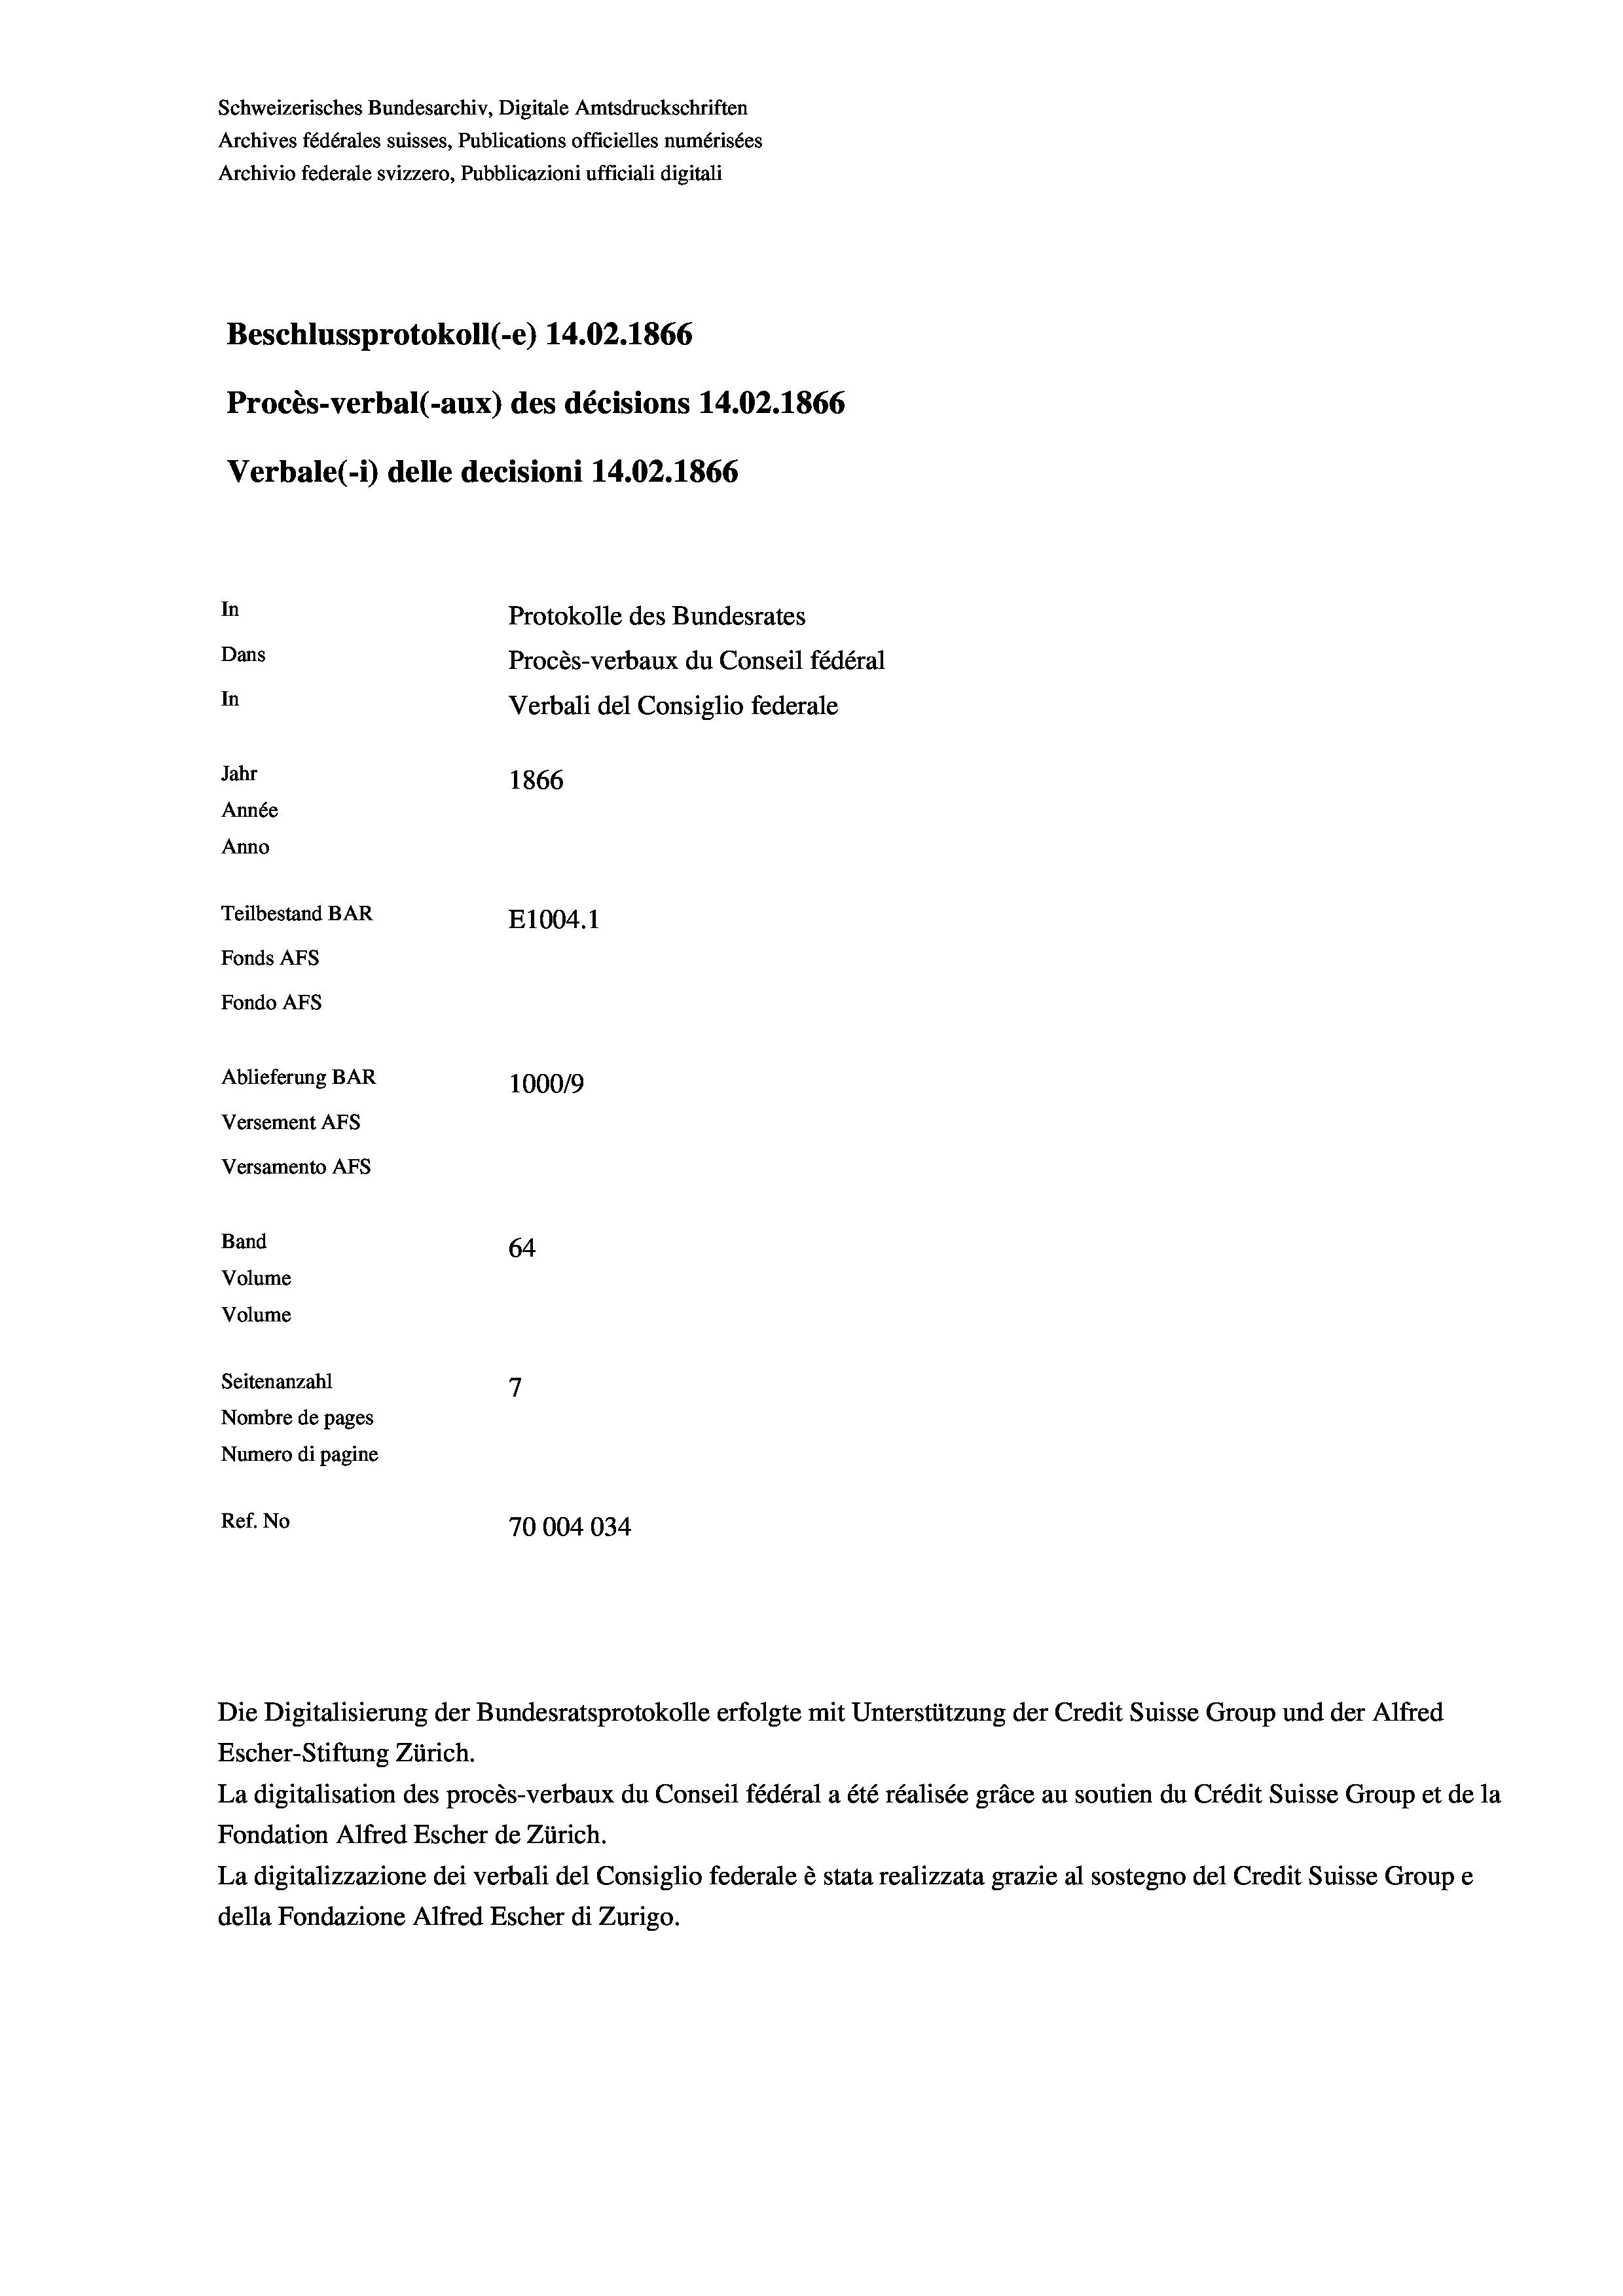
Schweizerisches Bundesarchiv, Digitale Amtsdruckschriften
Archives fédérales suisses, Publications officielles numérisées
Archivio federale svizzero, Pubblicazioni ufficiali digitali
Beschlussprotokoll (-e) 14.02. 1866
Procès-verbal (-aux) des décisions 14.02. 1866
Verbale (-*) delle decisioni 14.02. 1866
In
Protokolle des Bundesrates
Dans
Procès-verbaux du Conseil fédéral
In
Verbali del Consiglio federale
Jahr
1866
Année
Anno
Teilbestand BAR
E1004. 1
Fonds AEs
Fondo AFs
Ablieferung BAR
100019
Versement AFS
Versamento AFs
Band
64
Volume
Volume

Seitenanzahl
7
Nombre de pages
Numero di pagine
Ref. No
70004034

Escher-Stiftung Zürich.
La digitalisation des procès-verbaux du Conseil fédéral a été réalisée gräce au soutien du Crédit Suisse Group et de la
Fondation Alfred Escher de Zürich.
La digitalizzazione dei verbali del Consiglio federale è stata realizzata grazie al sostegno del Credit Suisse Groupe
della Fondazione Alfred Escher di Zurigo.

Die Digitalisierung der Bundesratsprotokolle erfolgte mit Unterstützung der Credit Suisse Group und der Alfred